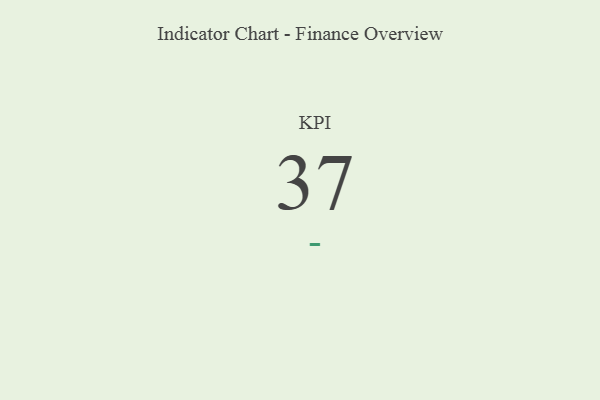
{"axis": {"x": "KPI", "y": "Value"}, "legend": [""], "data": [{"x": "KPI", "y": 37, "type": ""}]}